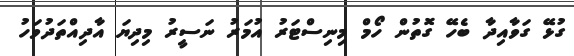
ގުޅޭ ގަވާއިދާ ބެހޭ ގޮތުން ހޯމް މިނިސްޓަރު އުމަރު ނަސީރު މިދިޔަ އާދިއްތަދުވަހު